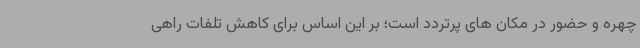
چهره و حضور در مکان های پرتردد است؛ بر این اساس برای کاهش تلفات راهی